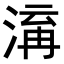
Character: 𭱋